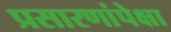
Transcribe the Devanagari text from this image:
प्रसारणांपेक्षा